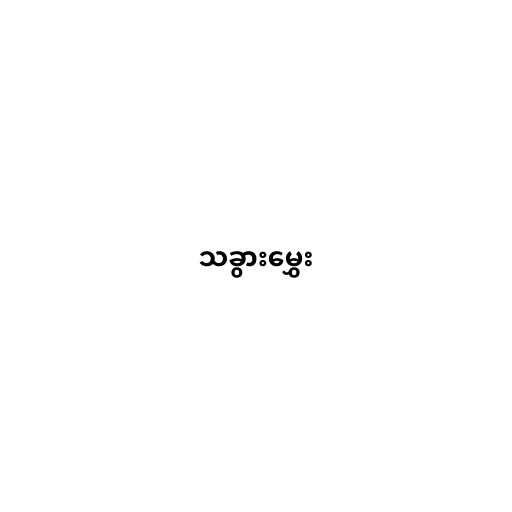
သခွားမွှေး